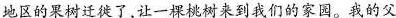
地区的果树迁徙了，让一架桃树来到我们的家园。我的父